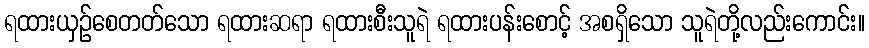
ရထားယှဉ်စေတတ်သော ရထားဆရာ ရထားစီးသူရဲ ရထားပန်းစောင့် အစရှိသော သူရဲတို့လည်းကောင်း။